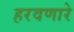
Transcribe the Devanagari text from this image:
हरवणारे